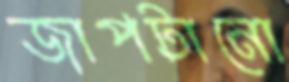
জাপটানো